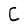
Character: C